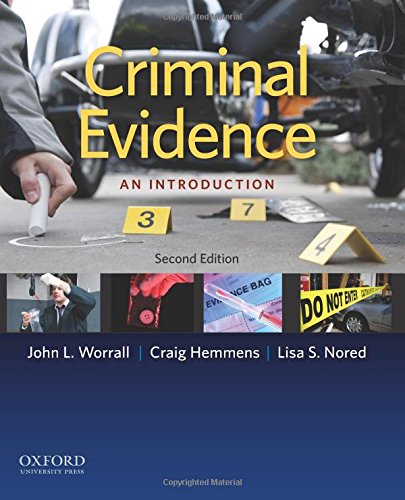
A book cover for Criminal Evidence: An Introduction; John L. Worrall; Law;